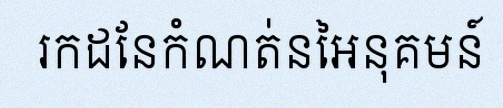
រកដែនកំណត់នៃអនុគមន៍